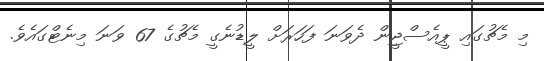
މި މެޗުގައި ޕީއެސްޖީން ދެވަނަ ފަހަރަށް ލީޑުނެގީ މެޗުގެ 67 ވަނަ މިނެޓްގައެވެ.